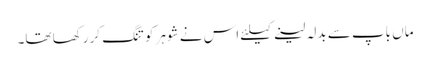
ماں باپ سے بدلہ لینے کیلئے اس نے شوہر کو تنگ کر رکھا تھا۔